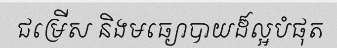
ជម្រើស និងមធ្យោបាយដ៏ល្អបំផុត